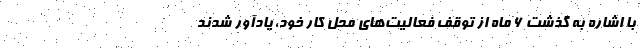
با اشاره به گذشت ۶ ماه از توقف فعالیت‌‌های محل کار خود، یادآور شدند